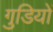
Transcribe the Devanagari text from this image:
गुडियों